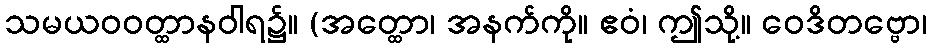
သမယဝဝတ္ထာနဝါရ၌။ (အတ္ထော၊ အနက်ကို။ ဧဝံ၊ ဤသို့။ ဝေဒိတဗ္ဗော၊